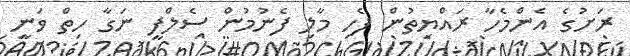
ރަށުގެ އެންމެހާ ރައްޔިތުން ފެހި މާލި ފެނުމުން ސެލްފީ ނަގާ ހިތް ވަނީ